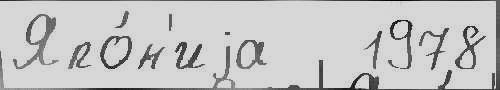
Япо́н'иjа   1978